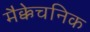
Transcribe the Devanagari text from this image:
मैक्केचनिक